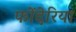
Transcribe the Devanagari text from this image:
फोंदेरिया